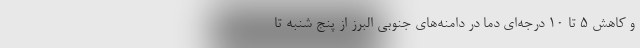
و کاهش ۵ تا ۱۰ درجه‌ای دما در دامنه‌های جنوبی البرز از پنج شنبه تا